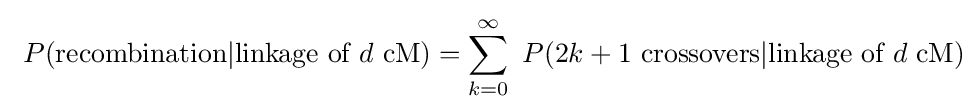
\ P({\text{recombination}}|{\text{linkage of }}d{\text{ cM}})=\sum _{k=0}^{\infty }\ P(2k+1{\text{ crossovers}}|{\text{linkage of }}d{\text{ cM}})